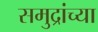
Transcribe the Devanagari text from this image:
समुद्रांच्या